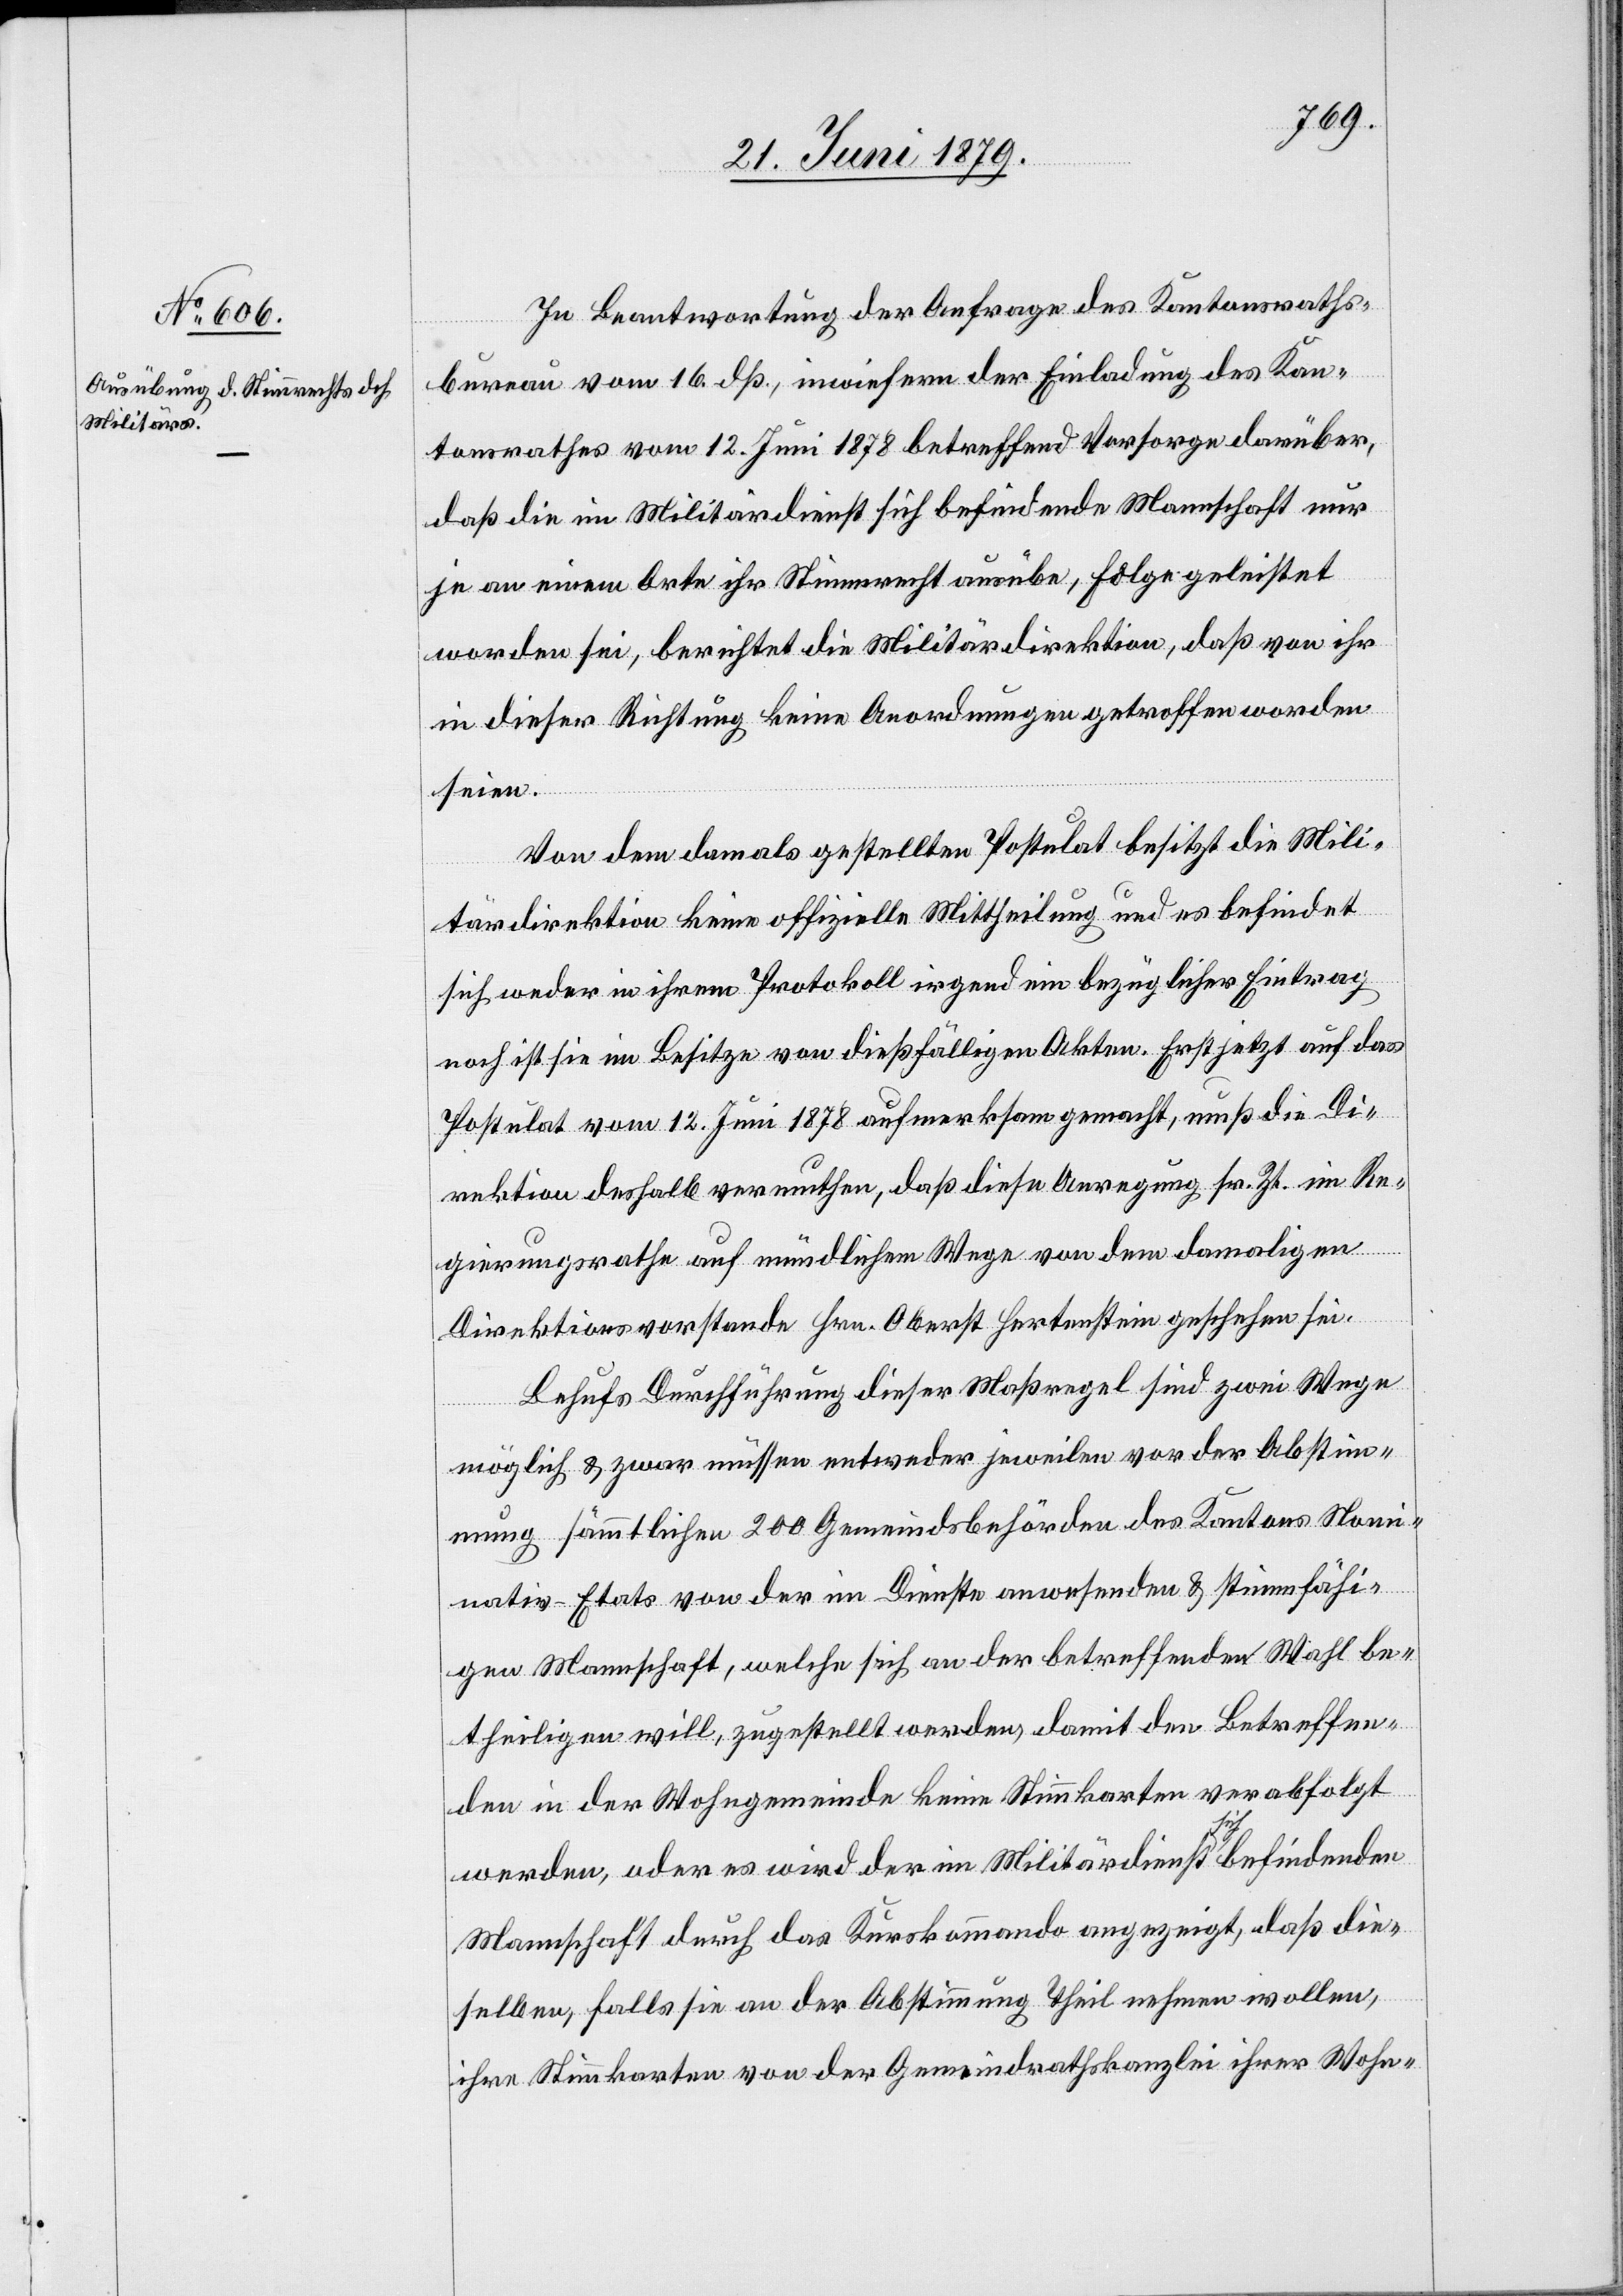
In Beantwortung der Anfrage des Kantonsraths¬
bureau vom 16. dß., inwiefern der Einladung des Kan¬
tonsrathes vom 12. Juni 1878 betreffend Vorsorge darüber,
daß die im Militärdienst sich befindende Mannschaft nur
je an einem Orte ihr Stimmrecht ausübe, Folge geleistet
worden sei, berichtet die Militärdirektion, daß von ihr
in dieser Richtung keine Anordnungen getroffen worden
seien.
Von dem damals gestellten Postulat besitzt die Mili¬
tärdirektion keine offizielle Mittheilung und es befindet
sich weder in ihrem Protokoll irgend ein bezüglicher Eintrag
noch ist sie im Besitze von dießfälligen Akten. Erst jetzt auf das
Postulat vom 12. Juni 1878 aufmerksam gemacht, muß die Di¬
rektion deshalb vermuthen, daß diese Anregung sr. Zt. im Re¬
gierungsrathe auf mündlichem Wege von dem damaligen
Direktionsvorstande Hrn. Oberst Hertenstein geschehen sei.
Behufs Durchführung dieser Maßregel sind zwei Wege
möglich & zwar müssen entweder jeweilen vor der Abstim¬
mung sämmtlichen 200 Gemeindsbehörden des Kantons Nomi¬
nativ-Etats von der im Dienste anwesenden & stimmfähi¬
gen Mannschaft, welche sich an der betreffenden Wahl be¬
theiligen will, zugestellt werden, damit den Betreffen¬
den in der Wohngemeinde keine Stimmkarten verabfolgt
werden, oder es wird der im Militärdienst sich befindenden
Mannschaft durch das Kurskommando angezeigt, daß die¬
selben falls sie an der Abstimmung Theil nehmen wollen,
ihre Stimmkarten von der Gemeindrathskanzlei ihrer Wohn-